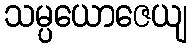
သမ္ပယောဇေယျ